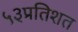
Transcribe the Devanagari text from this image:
५३प्रतिशत